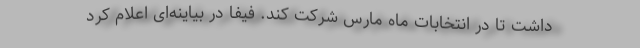
داشت تا در انتخابات ماه مارس شرکت کند. فیفا در بیاینه‌ای اعلام کرد